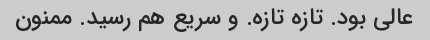
عالی بود. تازه تازه. و سریع هم رسید. ممنون